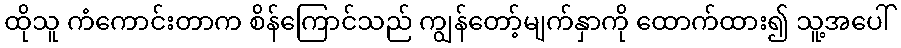
ထိုသူ ကံကောင်းတာက စိန်ကြောင်သည် ကျွန်တော့်မျက်နှာကို ထောက်ထား၍ သူ့အပေါ်